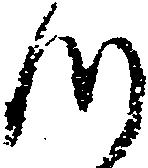
つ